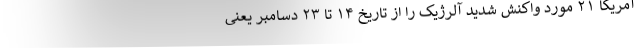
آمریکا ۲۱ مورد واکنش شدید آلرژیک را از تاریخ ۱۴ تا ۲۳ دسامبر یعنی